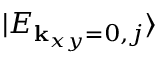
| E _ { { \bf k } _ { x y } = 0 , j } \rangle